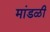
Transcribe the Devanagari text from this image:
मांडळी